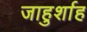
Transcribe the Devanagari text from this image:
जाहुर्शाह